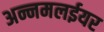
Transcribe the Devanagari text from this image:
अन्नमलईयर